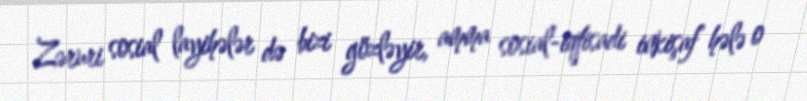
Zəruri sosial layihələr də bizi gözləyir, amma sosial-iqtisadi inkişaf hələ o